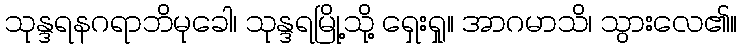
သုန္ဒရနဂရာဘိမုခေါ၊ သုန္ဒရမြို့သို့ ရှေးရှု။ အာဂမာသိ၊ သွားလေ၏။